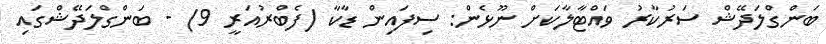
ބަންގްލަދޭޝް ސަރުކާރު ވައްޓާލާކަށް ނޫޅެން: ސިފައިން ޑާކާ (ފެބްރުއަރީ 9) - ބަންގްލަދޭޝްގައި